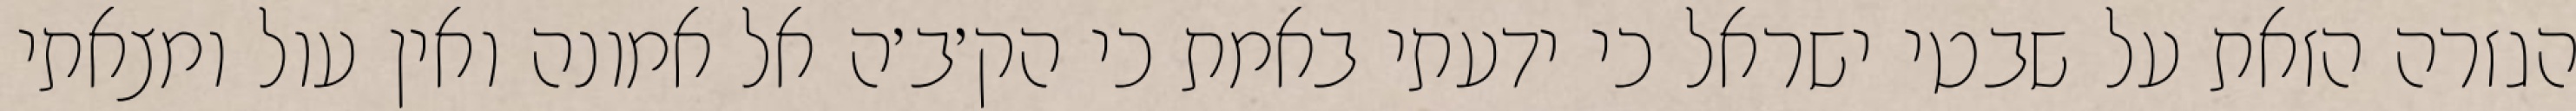
הגזרה הזאת על שבטי ישראל כי ידעתי באמת כי הק׳ב׳ה אל אמונה ואין עול ומצאתי